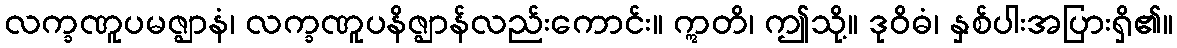
လက္ခဏူပမဇ္ဈာနံ၊ လက္ခဏူပနိဇ္ဈာန်လည်းကောင်း။ ဣတိ၊ ဤသို့။ ဒုဝိဓံ၊ နှစ်ပါးအပြားရှိ၏။